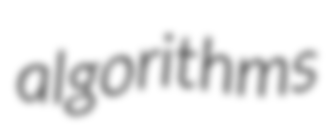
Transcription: algorithms